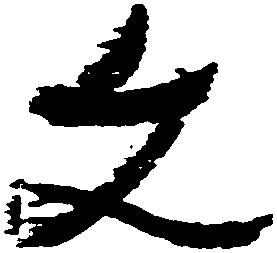
文